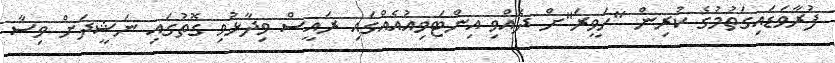
ފުރާވަޑައިގަތުމުގެ ކުރިން "ހަވީރަ"ށް ދެއްވި އިންޓަވިއުއެއްގައި ރައީސް ވިދާޅުވި ގޮތުގައި ނަޝީދަށް ވިސާ